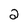
Character: 2